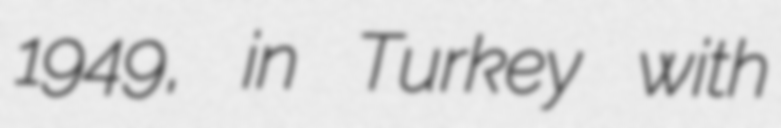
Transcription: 1949, in Turkey with